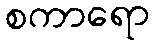
စကာရော